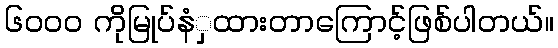
၆၀၀၀ ကိုမြုပ်နံှထားတာကြောင့်ဖြစ်ပါတယ်။